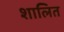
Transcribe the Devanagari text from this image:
शालित